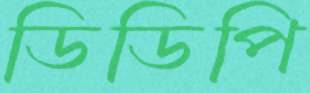
ডিডিপি